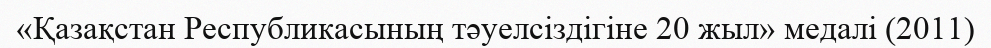
«Қазақстан Республикасының тәуелсiздiгiне 20 жыл» медалі (2011)